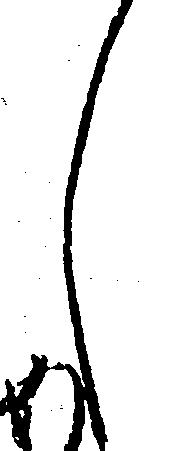
し